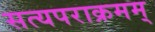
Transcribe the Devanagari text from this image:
सत्यपराक्रमम्